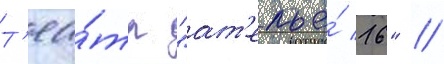
Т'еа́тр "ат'елье́ 16" //